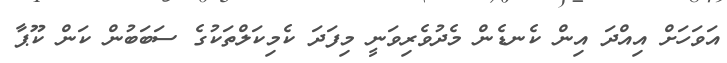
އަވަހަށް އިއްދަ އިން ކެނޑެން މެދުވެރިވަނީ މިފަދަ ކެމިކަލްތަކުގެ ސަބަބުން ކަން ކޫޕާ